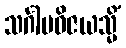
သင်္ဂါမဝိဇယသ္မိံ